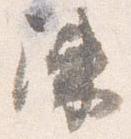
陳